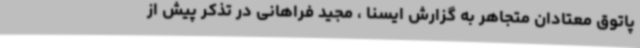
پاتوق معتادان متجاهر به گزارش ایسنا ، مجید فراهانی در تذکر پیش از